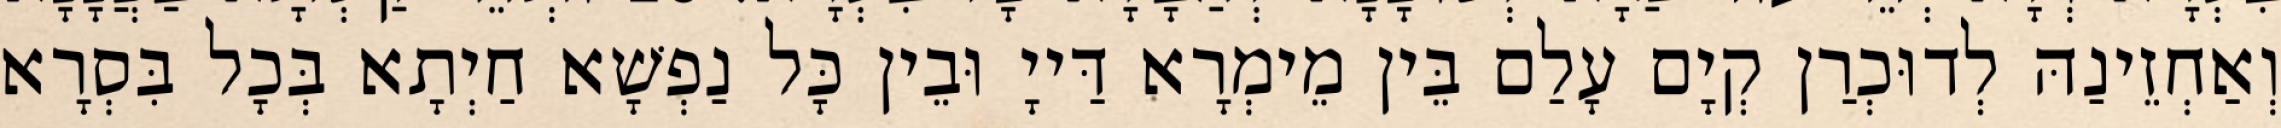
וְאַחְזֵינַהּ לְדוּכְרַן קְיָם עָלַם בֵּין מֵימְרָא דַּייָ וּבֵין כָּל נַפְשָׁא חַיְתָא בְּכָל בִּסְרָא